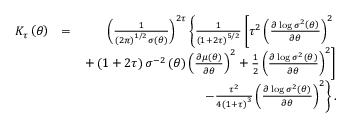
\begin{array} { r l r } { K _ { \tau } \left( \theta \right) } & { = } & { \left( \frac { 1 } { \left( 2 \pi \right) ^ { 1 / 2 } \sigma \left( \theta \right) } \right) ^ { 2 \tau } \left\{ \frac { 1 } { \left( 1 + 2 \tau \right) ^ { 5 / 2 } } \left[ \tau ^ { 2 } \left( \frac { \partial \log \sigma ^ { 2 } \left( \theta \right) } { \partial \theta } \right) ^ { 2 } \right. \right. } \\ & { } & { \left. + \left( 1 + 2 \tau \right) \sigma ^ { - 2 } \left( \theta \right) \left( \frac { \partial \mu \left( \theta \right) } { \partial \theta } \right) ^ { 2 } + \frac { 1 } { 2 } \left( \frac { \partial \log \sigma ^ { 2 } \left( \theta \right) } { \partial \theta } \right) ^ { 2 } \right] } \\ & { } & { \left. - \frac { \tau ^ { 2 } } { 4 \left( 1 + \tau \right) ^ { 3 } } \left( \frac { \partial \log \sigma ^ { 2 } \left( \theta \right) } { \partial \theta } \right) ^ { 2 } \right\} . } \end{array}